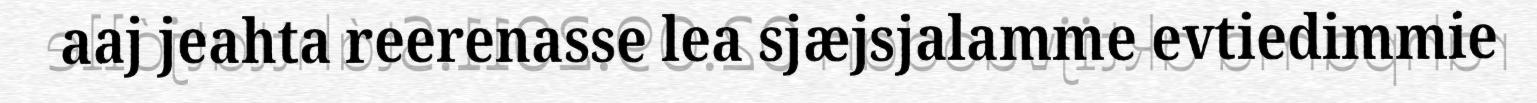
aaj jeahta reerenasse lea sjæjsjalamme evtiedimmie